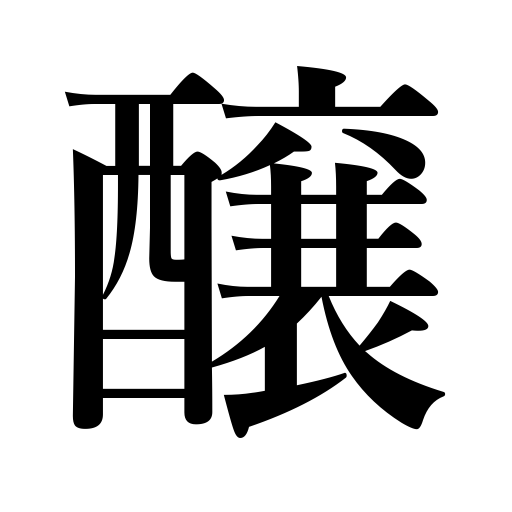
Meanings: give rise to,brew,cause